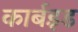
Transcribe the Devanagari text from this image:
कार्बइड